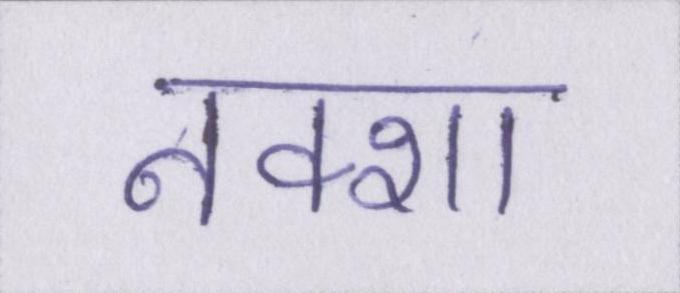
नक्शा